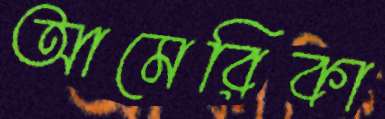
আমেরিকা